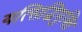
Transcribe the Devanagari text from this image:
यत्सिद्धिमुक्ति